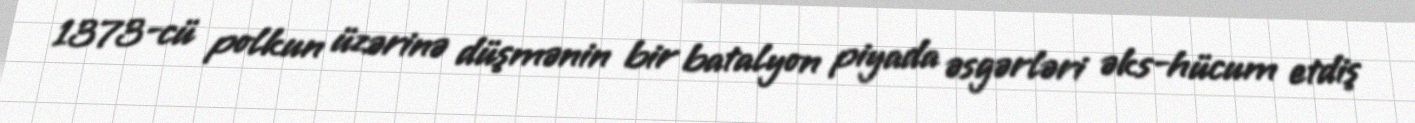
1373-cü polkun üzərinə düşmənin bir batalyon piyada əsgərləri əks-hücum etdiş